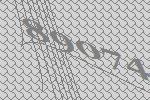
89074